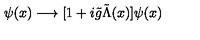
\psi ( x ) \longrightarrow [ 1 + i \tilde { g } \tilde { \Lambda } ( x ) ] \psi ( x )